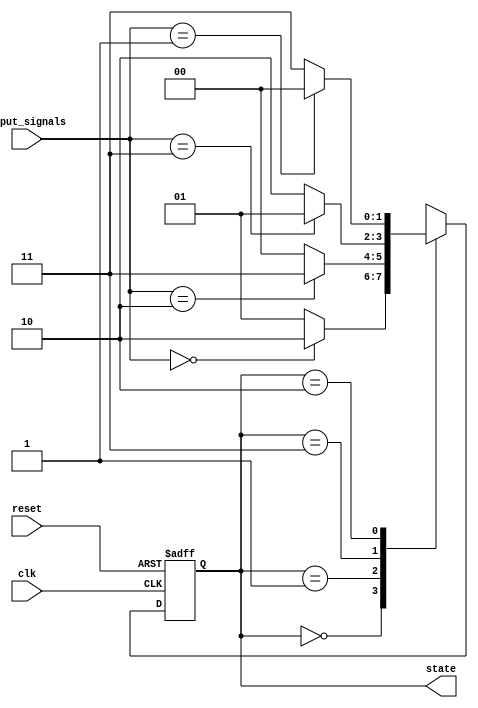
module gray_code_state_machine (
    input wire clk,
    input wire reset,
    input wire [1:0] input_signals,
    output reg [1:0] state
);

parameter S0 = 2'b00;
parameter S1 = 2'b01;
parameter S2 = 2'b11;
parameter S3 = 2'b10;

always @(posedge clk or posedge reset) begin
    if (reset) begin
        state <= S0;
    end else begin
        case (state)
            S0: begin
                if (input_signals == 2'b00) begin
                    state <= S3;
                end else begin
                    state <= S1;
                end
            end
            S1: begin
                if (input_signals == 2'b10) begin
                    state <= S2;
                end else begin
                    state <= S0;
                end
            end
            S2: begin
                if (input_signals == 2'b11) begin
                    state <= S1;
                end else begin
                    state <= S3;
                end
            end
            S3: begin
                if (input_signals == 2'b01) begin
                    state <= S0;
                end else begin
                    state <= S2;
                end
            end
            default: state <= S0;
        endcase
    end
end

endmodule